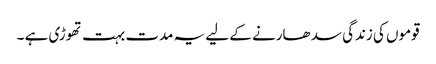
قوموں کی زندگی سد ھارنے کے لیے یہ مدت بہت تھوڑی ہے ۔